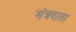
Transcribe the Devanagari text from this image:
मंत्रदाता